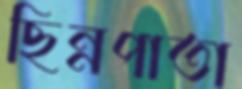
ছিন্নপাতা